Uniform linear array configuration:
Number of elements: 8
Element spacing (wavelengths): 0.5
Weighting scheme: exponential
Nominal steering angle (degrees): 60
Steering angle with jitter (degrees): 61.242
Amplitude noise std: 0.05
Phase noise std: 0.05

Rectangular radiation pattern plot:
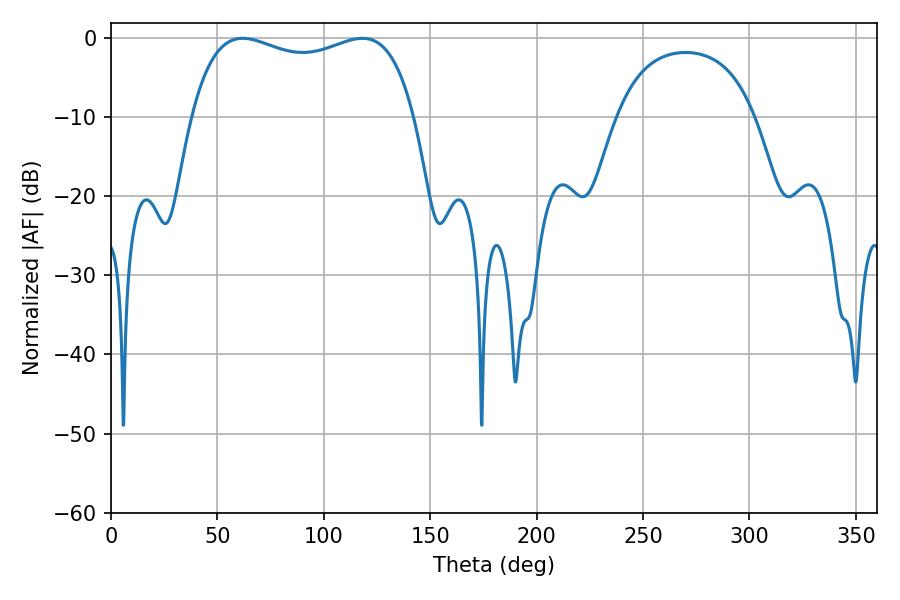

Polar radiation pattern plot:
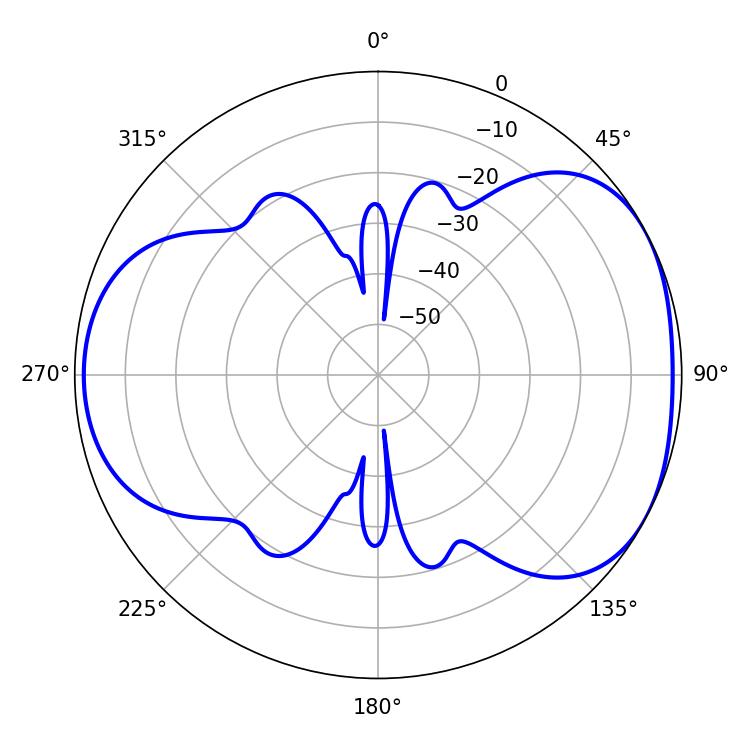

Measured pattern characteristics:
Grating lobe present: FALSE
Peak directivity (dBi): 4.671
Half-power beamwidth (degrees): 86.04
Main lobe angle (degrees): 61.92